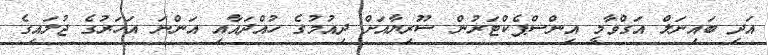
އަދި ބައިނަލް އަގްވާމީ އިންސްޕެކްޓަރުން ސޫރިޔާއަށް ދިއުމުގެ ހުއްދައާއި އަންނަ އަހަރުގެ ޖުލައިގެ